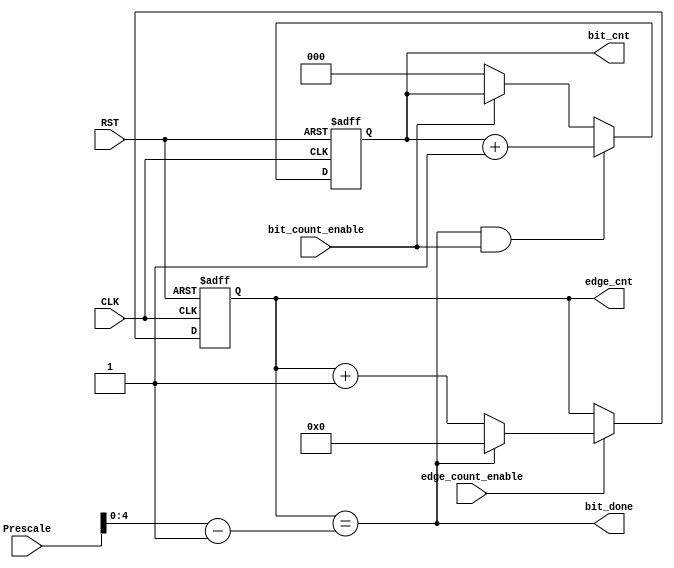
module RX_EDGE_BIT_COUNTER (
    input wire          CLK,                 // RX Clock input signal
    input wire          RST,                 
    input wire          edge_count_enable,
    input wire          bit_count_enable,
    input wire  [5:0]   Prescale,
    output wire [2:0]   bit_cnt,
    output wire [4:0]   edge_cnt,
    output wire         bit_done
);
    
    wire [4:0] prescale_m1;
    assign prescale_m1 = Prescale - 1'b1;
    
    reg [4:0] edge_cnt_reg;
    always @(posedge CLK or negedge RST) begin
        if (~RST) begin
            edge_cnt_reg <= 'b0000;
        end
        else if(edge_count_enable) begin
            if (bit_done) begin
                edge_cnt_reg <= 'b0000;
            end
            else begin
                edge_cnt_reg <= edge_cnt_reg + 'b1;
            end
        end
    end

    reg [2:0] bit_cnt_reg;
    always @(posedge CLK or negedge RST) begin
        if (~RST) begin
            bit_cnt_reg <= 'b000;
        end
        else if(bit_done && bit_count_enable) begin
                bit_cnt_reg <= bit_cnt_reg + 1'b1;
            end
        else if (~bit_count_enable) begin
                bit_cnt_reg <= 'b000;
        end
        end

        assign edge_cnt = edge_cnt_reg;
        assign bit_cnt = bit_cnt_reg;
        assign bit_done = (edge_cnt_reg == prescale_m1);
endmodule